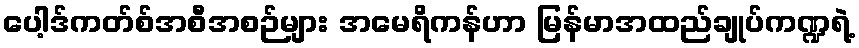
ပေါ့ဒ်ကတ်စ်အစီအစဉ်များ အမေရိကန်ဟာ မြန်မာအထည်ချုပ်ကဏ္ဍရဲ့